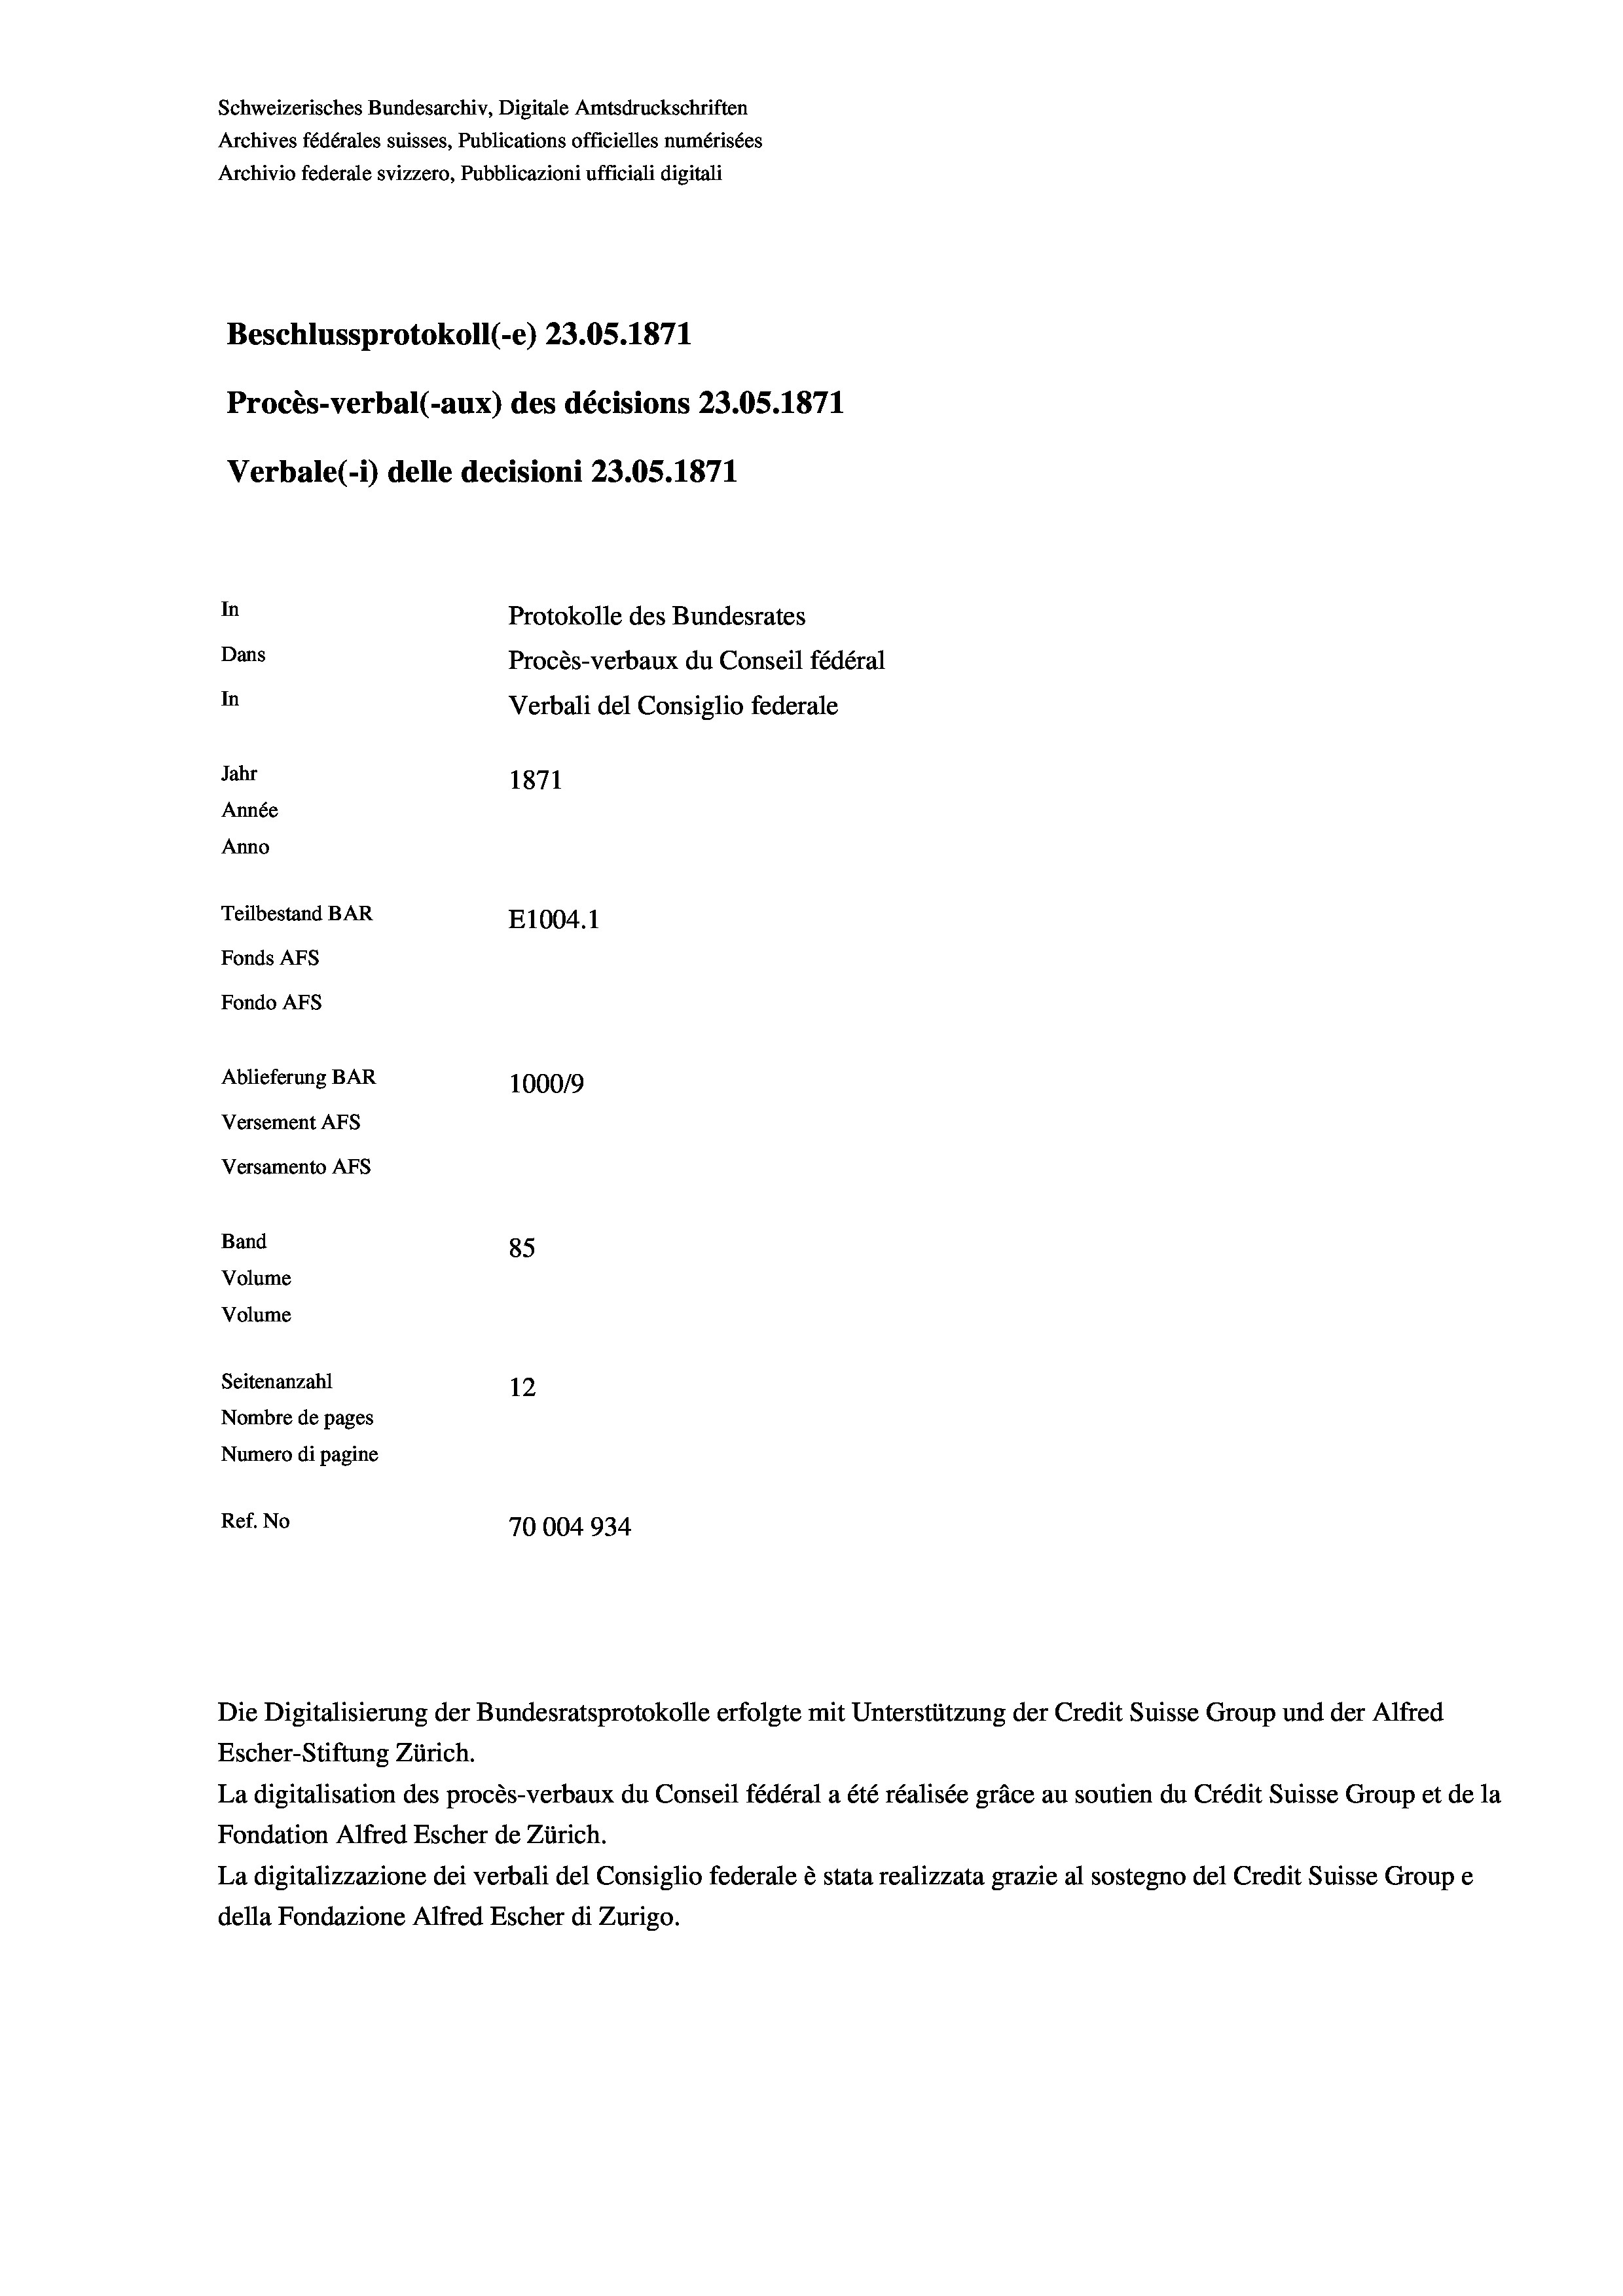
Schweizerisches Bundesarchiv, Digitale Amtsdruckschriften
Archives fédérales suisses, Publications officielles numérisées
Archivio federale svizzero, Pubblicazioni ufficiali digitali
Beschlussprotokoll (-e) 23.05. 1871
Procès-verbal (-aux) des décisions 23.05. 1871
Verbale(- 1) delle decisioni 23.05. 1871
In
Protokolle des Bundesrates
Dans
Procès-verbaux du Conseil fédéral
In
Verbali del Consiglio federale
Jahr
1871
Année
Anno
Teilbestand BAR
E1004.1
Fonds AFs
Fondo AFs
Ablieferung BAR
100019
Versement AFS
Versamento Afs

85
Seitenanzahl
12
Nombre de pages
Numero di pagine
Ref. No
70004934

Band

Volume
Volume

Escher-Stiftung Zürich.
La digitalisation des procès-verbaux du Conseil fédéral a été réalisée gräce au soutien du Crédit Suisse Group et de la
Fondation Alfred Escher de Zürich.
La digitalizzazione dei verbali del Consiglio federale è stata realizzata grazie al sostegno del Credit Suisse Groupe
della Fondazione Alfred Escher di Zurigo.

Die Digitalisierung der Bundesratsprotokolle erfolgte mit Unterstützung der Credit Suisse Group und der Alfred